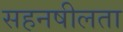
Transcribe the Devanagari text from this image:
सहनषीलता